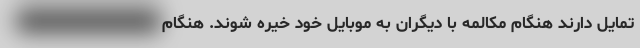
تمایل دارند هنگام مکالمه با دیگران به موبایل خود خیره شوند. هنگام